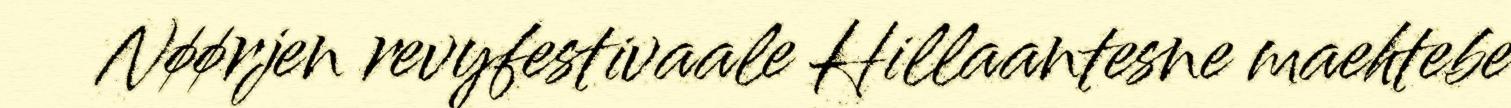
Nøørjen revyfestivaale Hillaantesne maehtebe